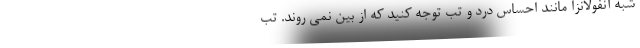
شبه آنفولانزا مانند احساس درد و تب توجه کنید که از بین نمی روند. تب